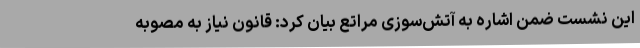
این نشست ضمن اشاره به آتش‌سوزی مراتع بیان کرد: قانون نیاز به مصوبه